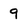
Character: 9